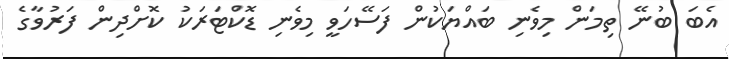
އެބަ ބުނޭ ތިމަން މިވެނި ބައްޔަކުން ފަސޭހަވީ މިވެނި ޑޮކްޓަރަކު ކޮށްދިން ފަރުވާގެ